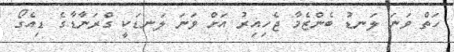
ހަތް ވަނަ ލަނޑު ބެންޒެމާ ޖެހިއިރު އަށް ވަނަ ލަނޑަކީ ގްރަނާޑާގެ ޑިއެގޯ